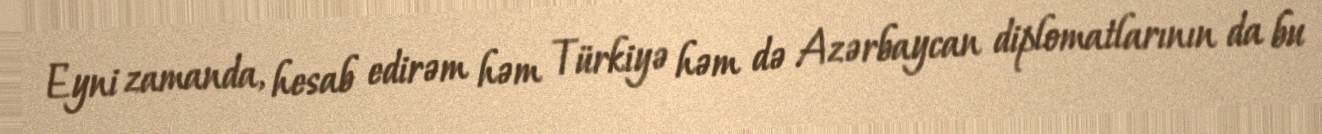
Eyni zamanda, hesab edirəm həm Türkiyə həm də Azərbaycan diplomatlarının da bu